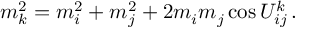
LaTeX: m _ { k } ^ { 2 } = m _ { i } ^ { 2 } + m _ { j } ^ { 2 } + 2 m _ { i } m _ { j } \cos U _ { i j } ^ { k } \, .